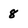
Character: 8